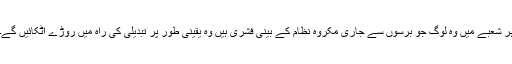
ہر شعبے میں وہ لوگ جو برسوں سے جاری مکروہ نظام کے بینی فشری ہیں وہ یقینی طور پر تبدیلی کی راہ میں روڑے اٹکائیں گے۔